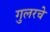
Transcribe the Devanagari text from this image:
गुलरचे